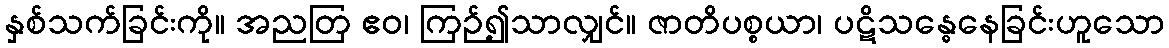
နှစ်သက်ခြင်းကို။ အညတြ ဧဝ၊ ကြဉ်၍သာလျှင်။ ဇာတိပစ္စယာ၊ ပဋိသန္ဓေနေခြင်းဟူသော